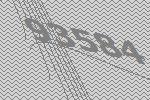
93584